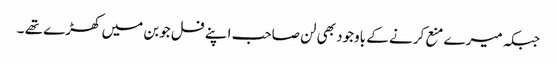
جبکہ میرے منع کرنے کے باوجود بھی لن صاحب اپنے فل جوبن میں کھڑے تھے ۔